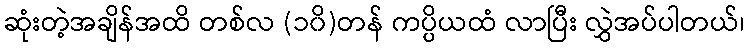
ဆုံးတဲ့အချိန်အထိ တစ်လ (၁၀ိ)တန် ကပ္ပိယထံ လာပြီး လွှဲအပ်ပါတယ်၊